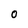
Character: 0